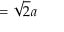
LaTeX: = { \sqrt { 2 } } a